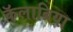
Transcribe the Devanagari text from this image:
कॅलाब्रिया